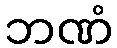
ဘဏံ